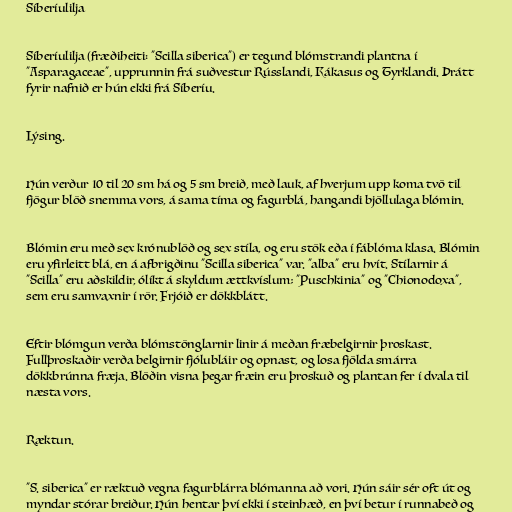
Síberíulilja

Síberíulilja (fræðiheiti: "Scilla siberica") er tegund blómstrandi plantna í
"Asparagaceae", upprunnin frá suðvestur Rússlandi, Kákasus og Tyrklandi. Þrátt
fyrir nafnið er hún ekki frá Síberíu.

Lýsing.

Hún verður 10 til 20 sm há og 5 sm breið, með lauk, af hverjum upp koma tvö til
fjögur blöð snemma vors, á sama tíma og fagurblá, hangandi bjöllulaga blómin.

Blómin eru með sex krónublöð og sex stíla, og eru stök eða í fáblóma klasa. Blómin
eru yfirleitt blá, en á afbrigðinu "Scilla siberica" var. "alba" eru hvít. Stílarnir á
"Scilla" eru aðskildir, ólíkt á skyldum ættkvíslum; "Puschkinia" og "Chionodoxa",
sem eru samvaxnir í rör. Frjóið er dökkblátt.

Eftir blómgun verða blómstönglarnir linir á meðan fræbelgirnir þroskast.
Fullþroskaðir verða belgirnir fjólubláir og opnast, og losa fjölda smárra
dökkbrúnna fræja. Blöðin visna þegar fræin eru þroskuð og plantan fer í dvala til
næsta vors.

Ræktun.

"S. siberica" er ræktuð vegna fagurblárra blómanna að vori. Hún sáir sér oft út og
myndar stórar breiður. Hún hentar því ekki í steinhæð, en því betur í runnabeð og